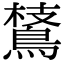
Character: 𪂅